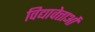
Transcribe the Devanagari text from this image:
विद्यावेत्ताओं